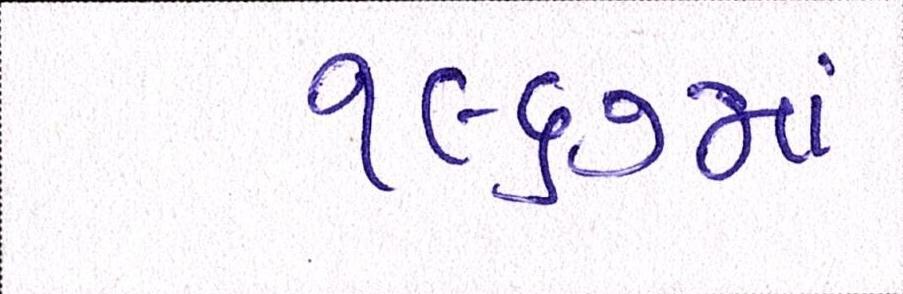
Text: ૧૯૬૭માં